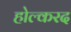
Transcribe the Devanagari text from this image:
होल्करद